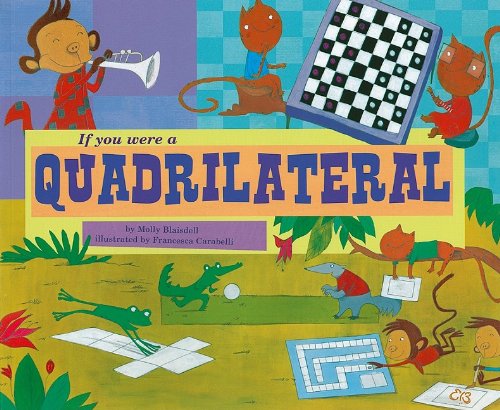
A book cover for If You Were a Quadrilateral (Math Fun); Molly Blaisdell; Science & Math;